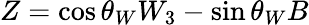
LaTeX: Z=\cos\theta_{W}W_{3}-\sin\theta_{W}B